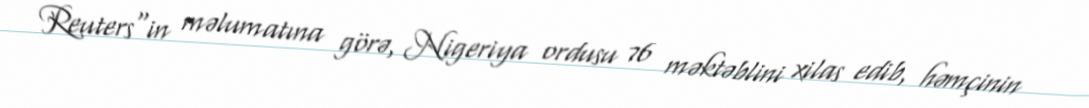
Reuters"in məlumatına görə, Nigeriya ordusu 76 məktəblini xilas edib, həmçinin